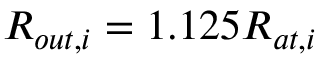
R _ { o u t , i } = 1 . 1 2 5 R _ { a t , i }